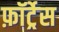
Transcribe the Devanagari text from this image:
फ़ॉर्ट्रेस